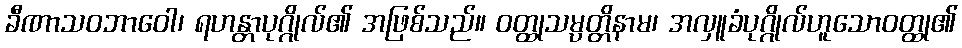
ခီဏာသဝဘာဝေါ၊ ရဟန္တာပုဂ္ဂိုလ်၏ အဖြစ်သည်။ ဝတ္ထုသမ္ပတ္တိနာမ၊ အလှူခံပုဂ္ဂိုလ်ဟူသောဝတ္ထု၏